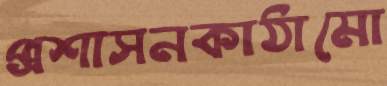
প্রশাসনকাঠামো